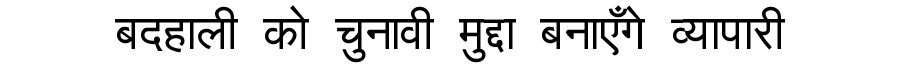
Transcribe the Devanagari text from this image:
बदहाली को चुनावी मुद्दा बनाएँगे व्यापारी